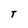
Character: T